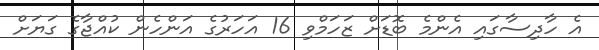
އެ ހާދިސާގައި އެންމެ ބޮޑަށް ޒަހަމްވި 16 އަހަރުގެ އަންހެން ކުއްޖާގެ ގަޔަށް